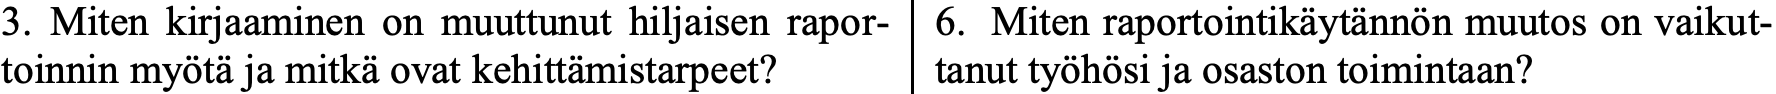
3. Miten kirjaaminen on muuttunut hiljaisen rapor- 6. Miten raportointikäytännön muutos on vaikut- toinnin myötä ja mitkä ovat kehittämistarpeet? tanut työhösi ja osaston toimintaan?